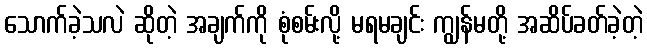
သောက်ခဲ့သလဲ ဆိုတဲ့ အချက်ကို စုံစမ်းလို့ မရမချင်း ကျွန်မတို့ အဆိပ်ခတ်ခဲ့တဲ့